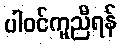
ပါဝင်ကူညီရန်